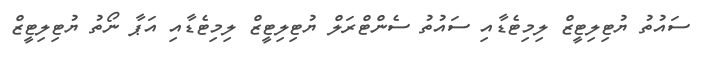
ސައުތު ޔުޓިލިޓީޒް ލިމިޓެޑާއި ސައުތު ސެންޓްރަލް ޔުޓިލިޓީޒް ލިމިޓެޑާއި އަޕާ ނޯތު ޔުޓިލިޓީޒް